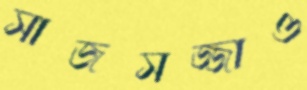
সাজসজ্জাও